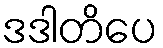
ဒဒါတိပေ